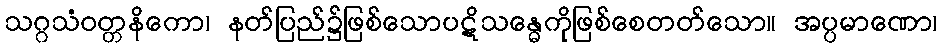
သဂ္ဂသံဝတ္တနိကော၊ နတ်ပြည်၌ဖြစ်သောပဋိသန္ဓေကိုဖြစ်စေတတ်သော။ အပ္ပမာဏော၊